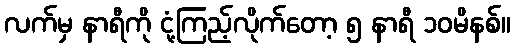
လက်မှ နာရီကို ငုံ့ကြည့်လိုက်တော့ ၅ နာရီ ၁၀မိနစ်။